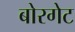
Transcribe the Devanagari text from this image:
बोरगेट